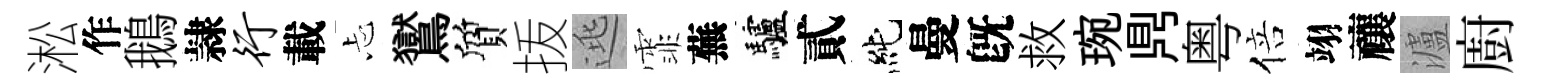
淞作鵝隷行載忐鸑質㧞逃霏蕪驢貳純曼旣救琬𪔂粤倍翊禳瀘廚